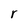
Character: r